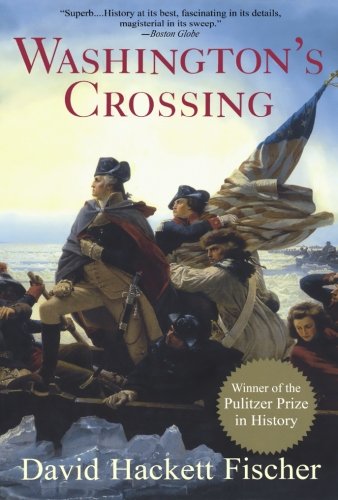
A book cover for Washington's Crossing (Pivotal Moments in American History); David Hackett Fischer; History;